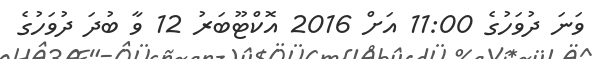
ވަނަ ދުވަހުގެ 11:00 އަށް 2016 އޮކްޓޫބަރު 12 ވާ ބުދަ ދުވަހުގެ